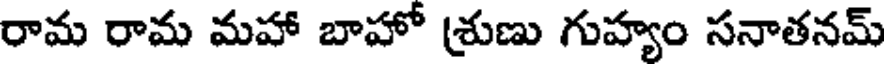
రామ రామ మహా బాహో (శుణు గుహ్యం సనాతనమ్